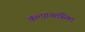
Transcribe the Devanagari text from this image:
कल्पावतंसिका